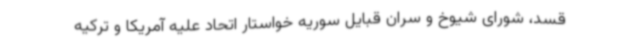
قسد، شورای شیوخ و سران قبایل سوریه خواستار اتحاد علیه آمریکا و ترکیه